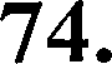
74.